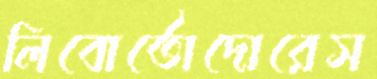
লিবোর্তোদোরেস